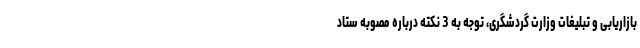
بازاریابی و تبلیغات وزارت گردشگری، توجه به 3 نکته درباره مصوبه ستاد